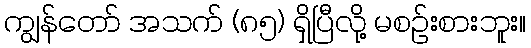
ကျွန်တော် အသက် (၈၅) ရှိပြီလို့ မစဉ်းစားဘူး။